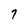
Character: 7